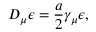
D _ { \mu } \epsilon = \frac { a } { 2 } \gamma _ { \mu } \epsilon ,